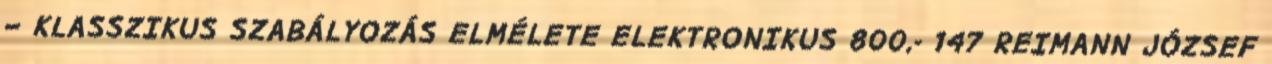
– KLASSZIKUS SZABÁLYOZÁS ELMÉLETE ELEKTRONIKUS 800,- 147 REIMANN JÓZSEF